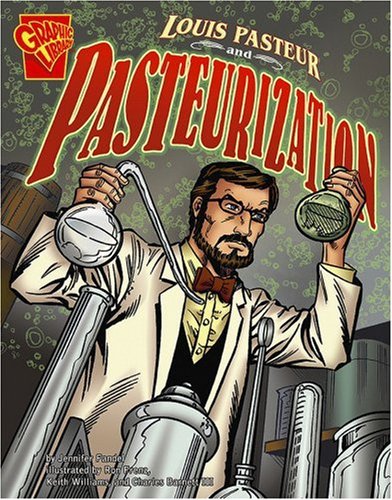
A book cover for Louis Pasteur and Pasteurization (Inventions and Discovery); Jennifer Fandel; Children's Books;